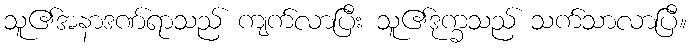
သူ၏အနာဒဏ်ရာသည် ကျက်လာပြီး သူ၏ဒုက္ခသည် သက်သာလာပြီ။